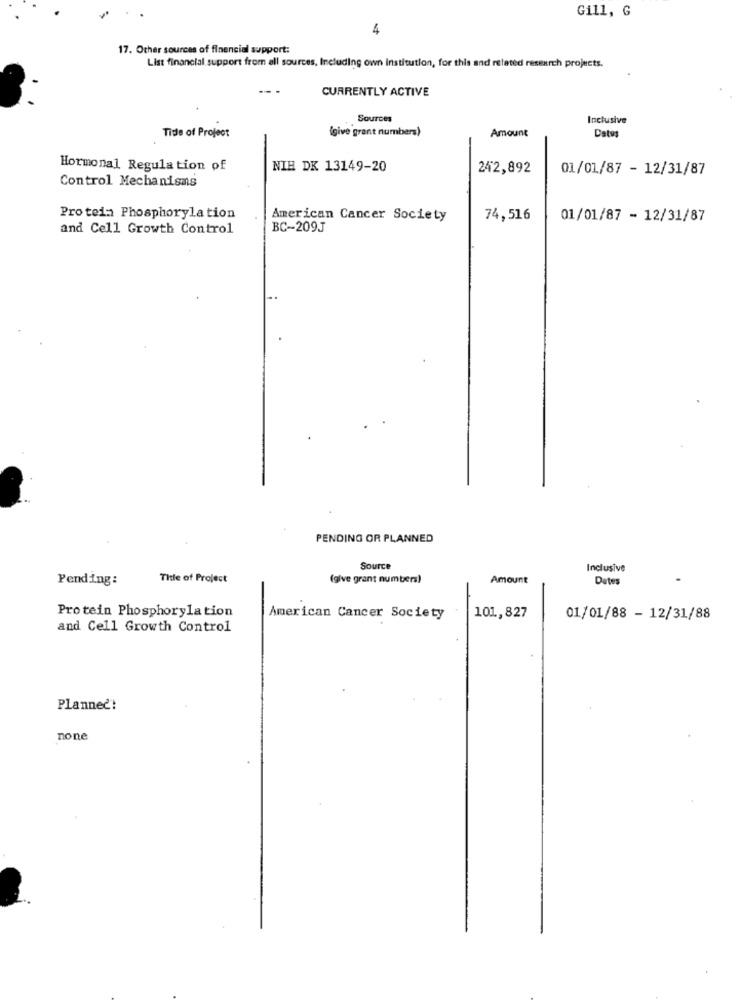
Gill, G
4
17. Other sources of financial support:
List financial support from all sources, Including own institution, for this and related research projects.
CURRENTLY ACTIVE
Sources
Inclusive
Tide of Project
{give grant numbers)
Amount
Datos
Hormonal Regulation of
NIH DK 13149-20
242,892
01/01/87 - 12/31/87
Control Mechanisms
Protein Phosphorylation
American Cancer Society
74,516
01/01/87 - 12/31/87
and Cell Growth Control
BC-209J
PENDING OR PLANNED
Source
Inclusive
Pending:
Title of Project
(give grant numbers)
Amount
Dates
Protein Phosphorylation
American Cancer Society
101,827
01/01/88 - 12/31/88
and Cell Growth Control
Planned!
none